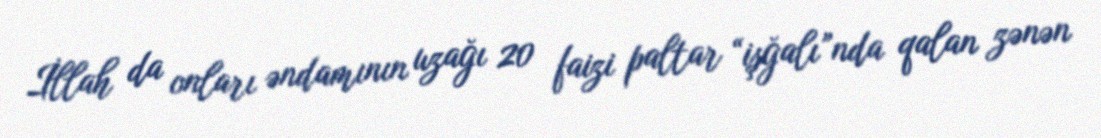
İllah da onları əndamının uzağı 20 faizi paltar “işğalı”nda qalan zənən